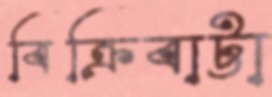
বিক্রিবাট্টা